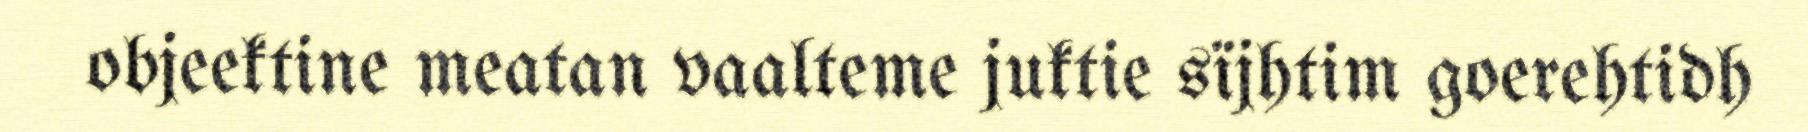
objeektine meatan vaalteme juktie sïjhtim goerehtidh